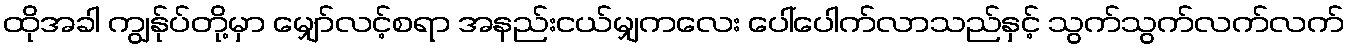
ထိုအခါ ကျွန်ုပ်တို့မှာ မျှော်လင့်စရာ အနည်းငယ်မျှကလေး ပေါ်ပေါက်လာသည်နှင့် သွက်သွက်လက်လက်